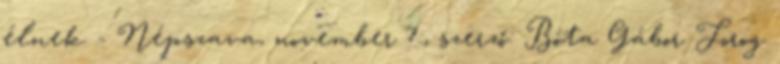
élnek - Népszava, november 7., szerző: Bóta Gábor Forog